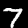
Label: 7